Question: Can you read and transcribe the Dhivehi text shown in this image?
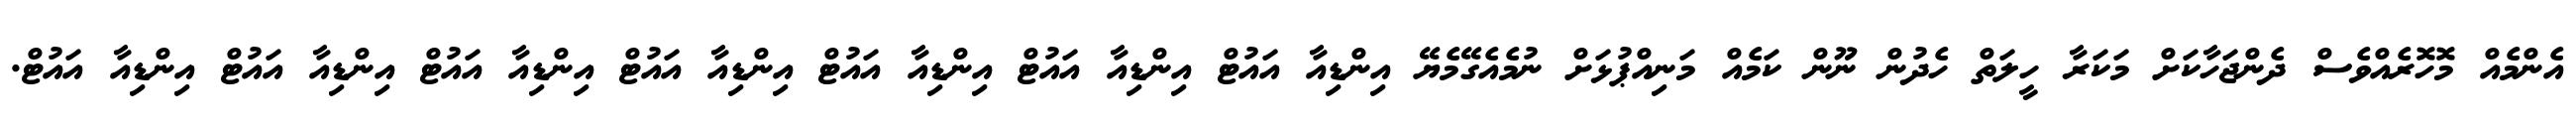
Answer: އެންމެއް މޮހޮރެއްވެސް ދެންޖަހާކަށް މަކަރާ ހީލަތް ހެދުން ނޫން ކަމެއް މަނިއްޕުޅަށް ނުމެއެގޭމެޔޭ އިންޑިއާ އައުޓް އިންޑިއާ އައުޓް އިންޑިއާ އައުޓް އިންޑިއާ އައުޓް އިންޑިއާ އައުޓް އިންޑިއާ އައުޓް އިންޑިއާ އައުޓް.